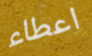
اعطاء